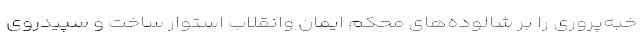
خبه‌پروری را بر شالوده‌های محکم ایمان وانقلاب استوار ساخت و سپیدروی